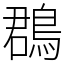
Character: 鵘